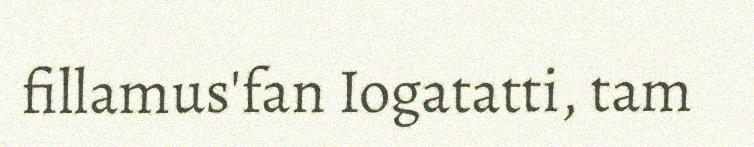
fillamus'fan Iogatatti, tam